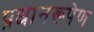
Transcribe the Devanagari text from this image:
प्रधानरूपेण